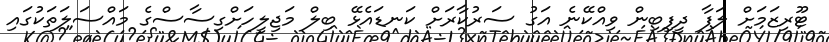
ޓޫރިޒަމަށް ލަފާ ދީފިބިން ވިއްކޭނެ އަގު ސަރުކާރަށް ކަނޑައެޅޭ ބިލް މަޖިލީހަށްގިސާސްގެ މައްސަލަތަކުގައި